Lunatic asylums United Provinces 1909-1921 - 1909-1921
Year: 1909
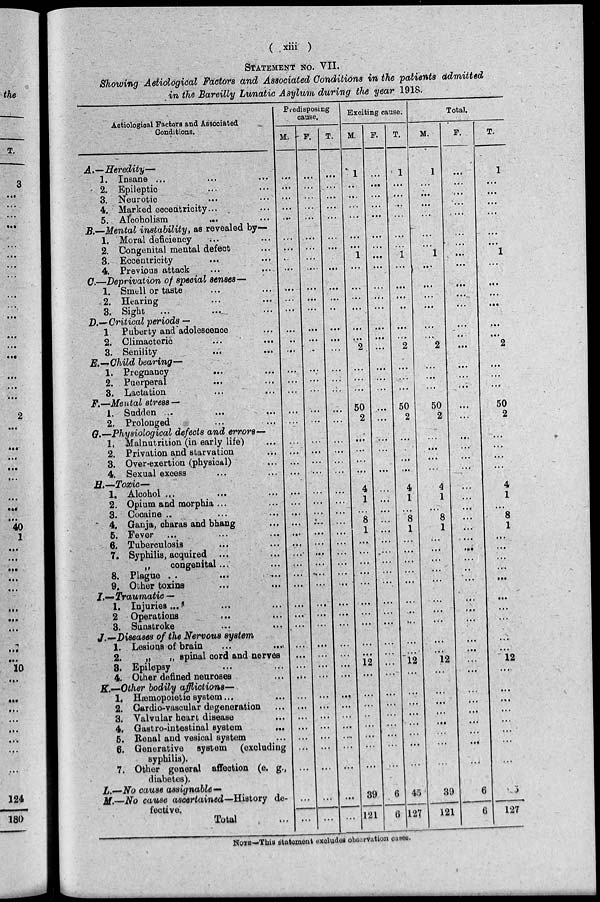
( xiii )
STATEMENT NO. VII.
Showing Aetiological factors and Associated Conditions in the patients admitted
in the Bareilly Lunatic Asylum during the year 1918.
Aetiological Factors and Associated
Conditions.
A.—Heredity—
1. Insane ... ... ...
2. Epileptic ... ...
3. Neurotic ... ...
4. Marked eccentricity... ...
5. Alcoholism ... ...
B.—Mental instability, as revealed by—
1. Moral deficiency ... ...
2. Congenital mental defect ...
3. Eccentricity ... ...
4. Previous attack ... ...
C.—Deprivation of special senses—
1. Smell or taste ... ...
2. Hearing ... ...
3. Sight ... ... ...
D.—Critical periods —
1 Puberty and adolescence ...
2. Climacteric ... ...
3. Senility ... ...
E.—Child bearing—
1. Pregnancy ... ...
2. Puerperal... ...
3. Lactation... ...
F.—Mental stress —
1. Sudden ... ... ...
2. Prolonged ... ...
G .—Physiological defects and errors—
1. Malnutrition (in early life) ...
2. Privation and starvation ...
3. Over-exertion (physical) ...
4. Sexual excess ... ...
H.—Toxic—
1. Alcohol ... ... ...
2. Opium and morphia ... ...
3. Cocaine.. ... ...
4. Ganja, charas and bhang ...
5. Fever ... ... ...
6. Tuberculosis ... ...
7. Syphilis, acquired ... ...
congenital... ...
8. Plague .. ... ...
9. Other toxins ... ...
I.— Traumatic —
1. Injuries ... ... ...
2 Operations
...
...
3. Sunstroke ... ...
J.—Disease of the Nervous system
1. Lesions of brain ... ...
2.
„
„ spinal cord and nerves
3. Epilepsy ... ...
4. Other defined neuroses ...
K.—Other bodily afflictions—
1. Hæmopoietic system...
2. Gardio-vascular degeneration ...
3. Valvular heart disease ...
4. Gastro-intestinal system
...
5. Renal and vesical system ...
6. Generative system (excluding
syphilis).
7. Other general affection (e. g.,
diabetes).
L.—No cause assignable—
M.—No cause ascertained—History de-
fective.
Total ...
Predisposing
cause.
M.
...
...
...
...
...
...
...
...
...
...
...
...
...
..
...
...
...
...
...
...
...
...
...
...
...
...
...
...
...
...
...
...
...
...
...
...
...
...
...
...
...
...
...
...
...
...
...
...
...
...
...
F.
...
...
...
...
...
...
...
...
...
...
...
...
...
...
.
...
...
...
...
...
...
...
...
...
...
...
...
...
...
...
...
...
...
...
...
...
...
...
...
...
...
...
...
... .
...
...
...
...
...
...
T.
...
...
...
...
...
...
...
...
...
...
...
..
...
...
...
...
...
...
...
...
...
...
...
...
...
...
...
...
...
...
...
...
...
...
...
...
...
...
...
...
...
...
...
...
...
...
...
...
...
...
...
Exciting cause.
M.
1
...
...
...
...
...
...
1
...
...
...
...
...
...
2
...
...
...
50
2
...
...
...
...
4
1
...
8
1
....
...
...
...
...
...
...
...
...
...
...
12
...
...
...
...
...
...
...
...
39
121
F.
...
...
...
...
...
...
...
...
...
...
...
...
...
...
...
...
...
...
...
...
...
...
...
...
...
...
...
...
...
...
...
...
...
...
...
...
...
...
...
...
...
...
...
...
...
...
...
6
6
T.
1
...
...
...
...
...
...
1
...
...
...
...
...
...
2
...
...
...
50
2
...
...
...
...
4
1
...
8
1
...
...
...
...
...
...
...
...
...
...
...
12
...
...
...
...
...
...
...
45
127
Total.
M.
1
...
...
...
...
...
...
1
...
...
...
...
...
...
2
...
...
...
50
2
...
...
...
...
4
1
...
8
1
...
...
...
...
...
...
...
...
...
...
...
12
...
...
...
...
...
...
...
39
121
F.
...
....
...
...
...
...
...
...
...
...
...
...
...
...
...
...
...
...
...
...
...
...
...
...
...
...
...
...
...
...
...
...
...
...
...
...
...
...
...
...
...
...
...
...
...
...
...
...
...
6
6
T.
1
...
...
...
...
...
...
1
...
...
...
...
...
...
2
...
...
...
50
2
...
...
...
...
4
1
...
8
1
...
...
...
...
...
...
...
...
...
...
...
12
...
...
...
...
...
...
...
...
...
45
127
NOTE— statement excludes observation cases.